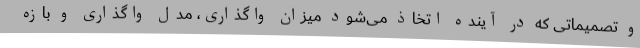
و تصمیماتی که در آینده اتخاذ می‌شود میزان واگذاری، مدل واگذاری و بازه